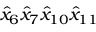
\hat { x } _ { 6 } \hat { x } _ { 7 } \hat { x } _ { 1 0 } \hat { x } _ { 1 1 }